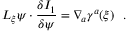
{ \cal L } _ { \xi } \psi \cdot { \frac { \delta I _ { 1 } } { \delta \psi } } = \nabla _ { \! a } \gamma ^ { a } ( \xi ) \ \ .